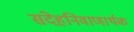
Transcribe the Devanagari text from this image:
संदेहनिवाणार्थक